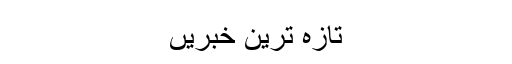
تازہ ترین خبریں